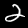
Label: 2